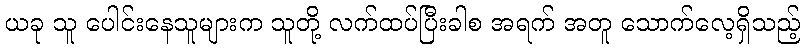
ယခု သူ ပေါင်းနေသူများက သူတို့ လက်ထပ်ပြီးခါစ အရက် အတူ သောက်လေ့ရှိသည့်